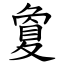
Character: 夐